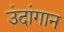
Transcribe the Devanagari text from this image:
उंदांगान